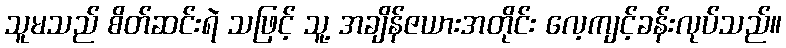
သူမသည် စိတ်ဆင်းရဲ သဖြင့် သူ့ အချိန်ဇယားအတိုင်း လေ့ကျင့်ခန်းလုပ်သည်။